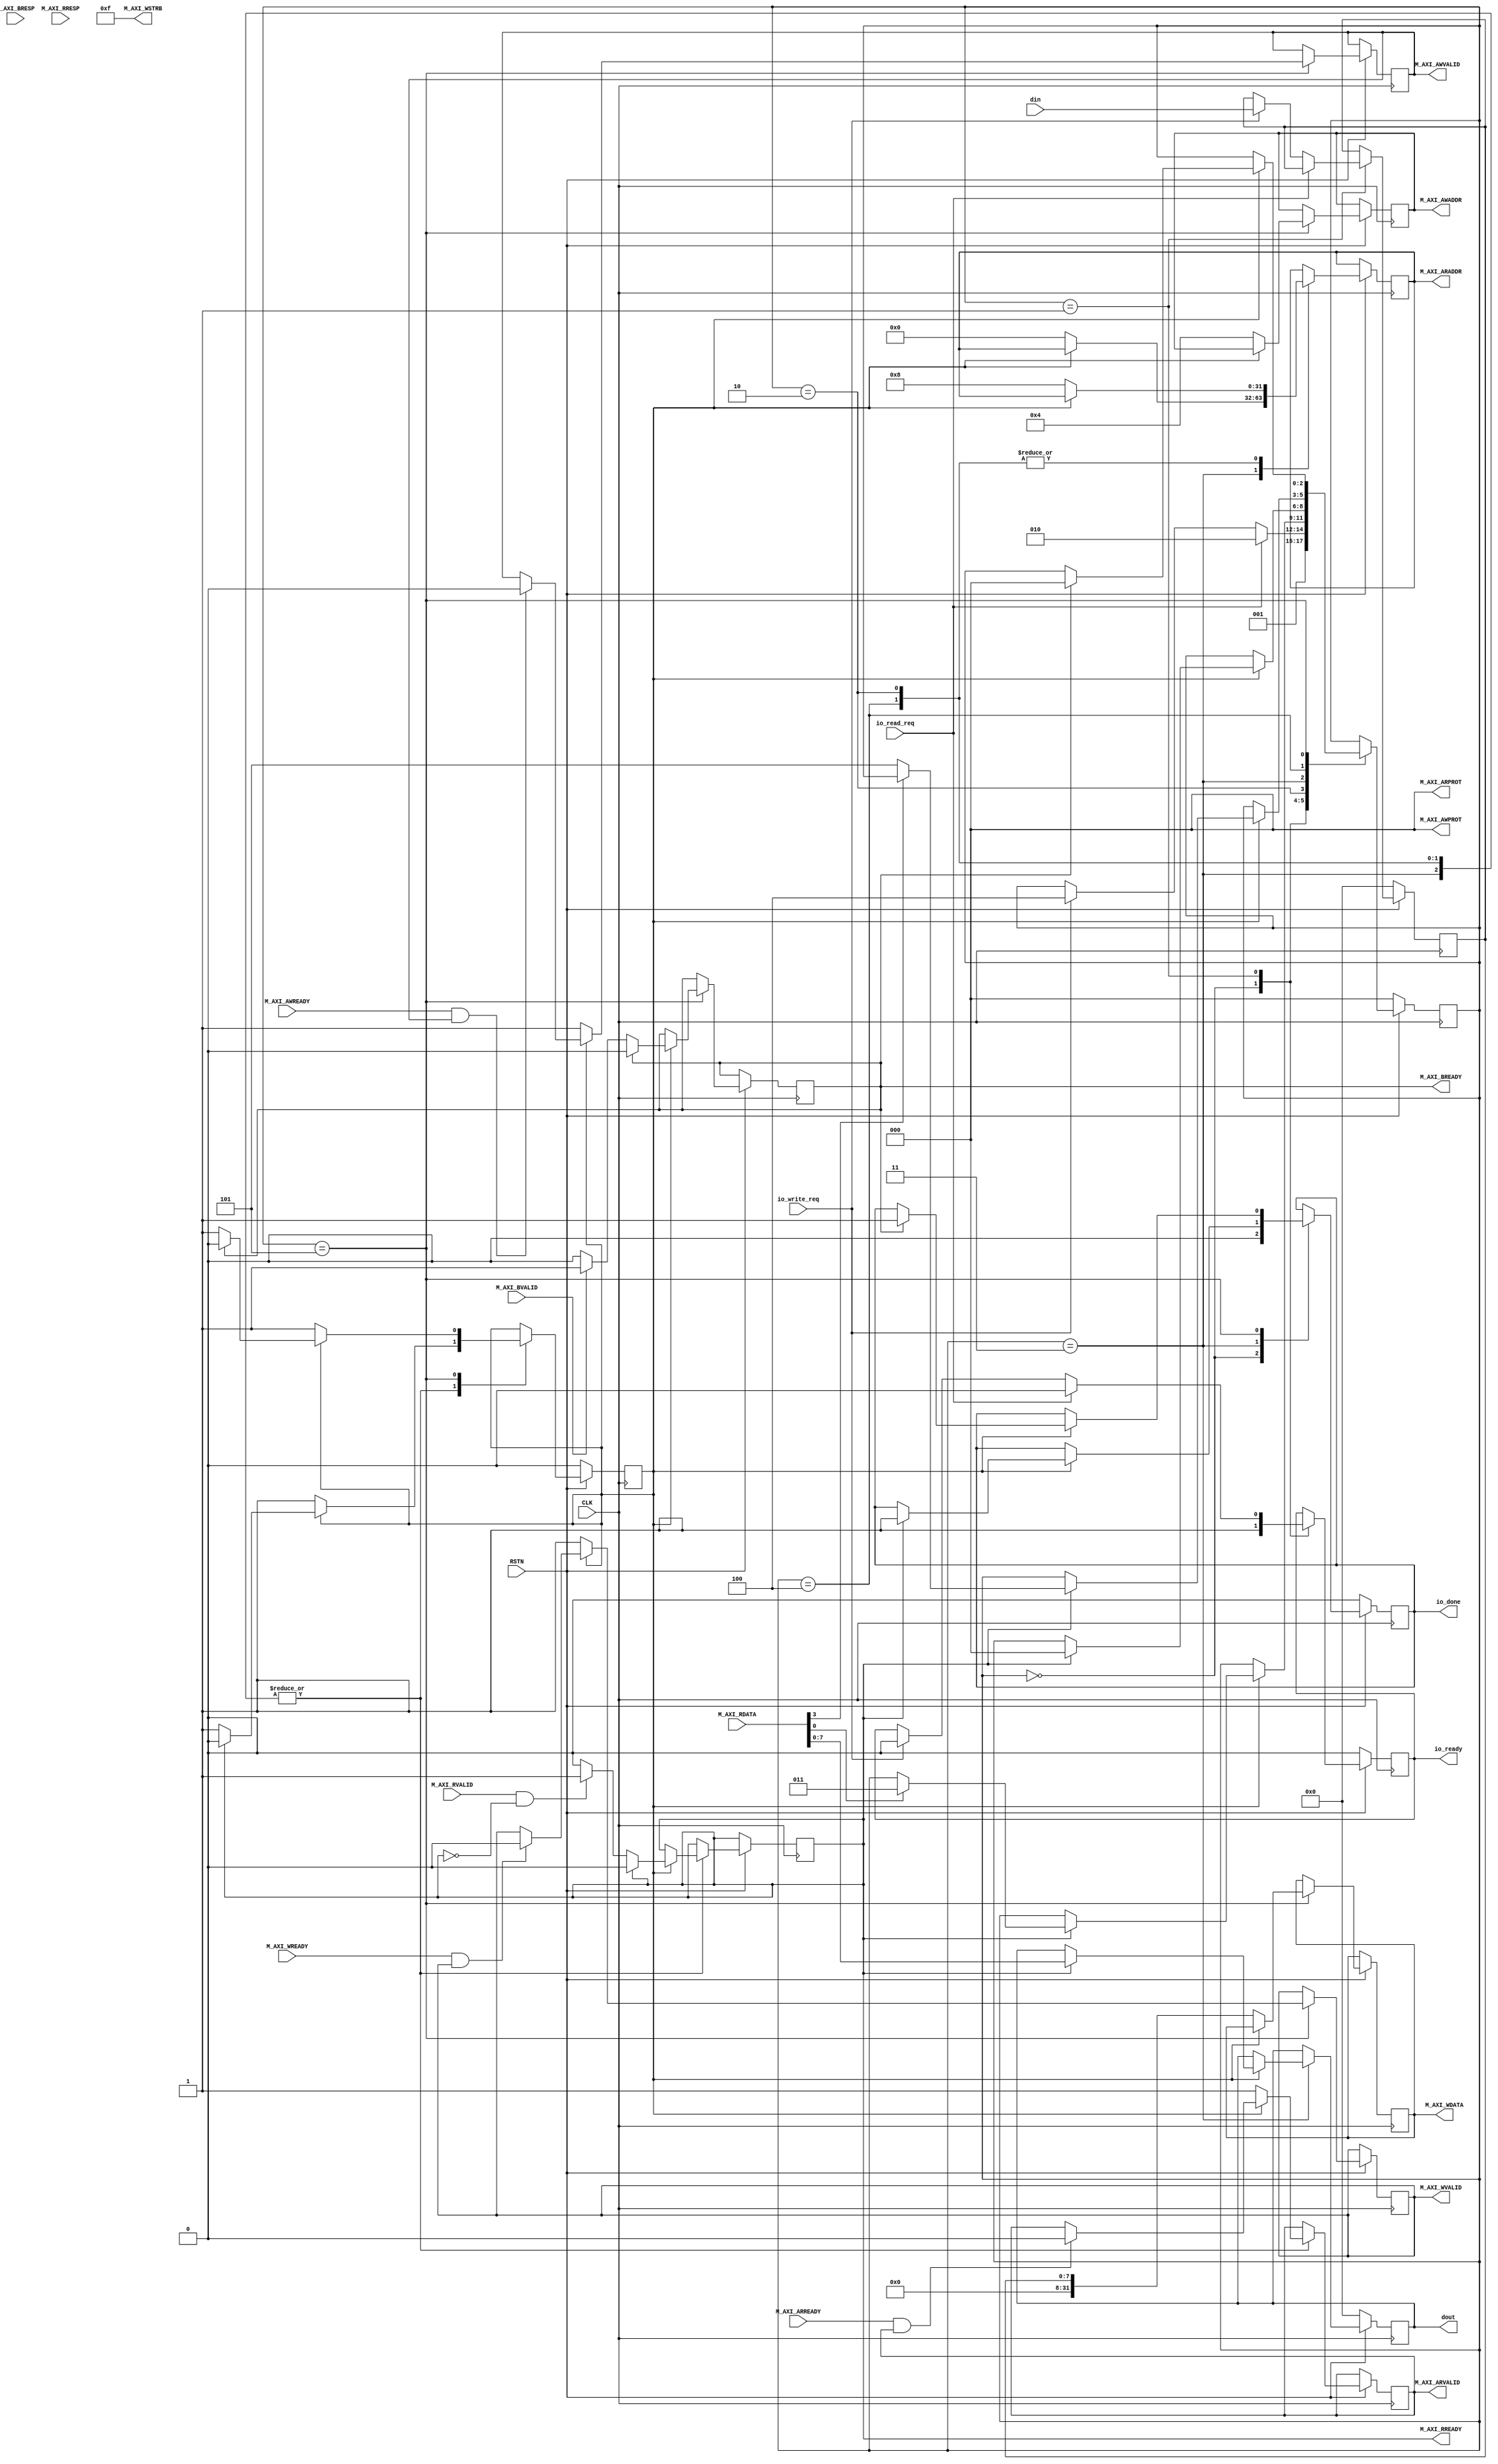
module IObuf(
  input wire io_read_req,
  input wire io_write_req,
  output reg io_ready,
  output reg io_done,
  input wire [7:0] din,
  output reg [7:0] dout,


  // for axi_uart
  output wire [31:0] M_AXI_AWADDR,
  output wire [2:0]  M_AXI_AWPROT,
  output wire        M_AXI_AWVALID,
  input wire         M_AXI_AWREADY,
  output wire [31:0] M_AXI_WDATA,
  output wire [3:0]  M_AXI_WSTRB,
  output wire        M_AXI_WVALID,
  input wire         M_AXI_WREADY,
  input wire [1:0]   M_AXI_BRESP,
  input wire         M_AXI_BVALID,
  output wire        M_AXI_BREADY,
  output wire [31:0] M_AXI_ARADDR,
  output wire [2:0]  M_AXI_ARPROT,
  output wire        M_AXI_ARVALID,
  input wire         M_AXI_ARREADY,
  input wire [31:0]  M_AXI_RDATA,
  input wire [1:0]   M_AXI_RRESP,
  input wire         M_AXI_RVALID,
  output wire        M_AXI_RREADY,

  input wire CLK,
  input wire RSTN
);
  localparam [2:0] s_init =  3'b000;
  localparam [2:0] s_idle =  3'b001;
  localparam [2:0] s_chkRx = 3'b010;
  localparam [2:0] s_read =  3'b011;
  localparam [2:0] s_chkTx = 3'b100;
  localparam [2:0] s_write = 3'b101;
  reg [2:0] state;
  reg request_issued;

  reg [7:0] req_data;


  // for axi_uart
  reg ext_request_issued;
  reg ext_arvalid;
  reg ext_rready;
  reg [31:0] ext_awaddr;
  reg ext_awvalid;
  reg [31:0] ext_wdata;
  reg ext_wvalid;
  reg ext_bready;
  reg [31:0] ext_araddr;
  assign M_AXI_ARVALID = ext_arvalid;
  assign M_AXI_RREADY  = ext_rready;
  assign M_AXI_ARADDR  = ext_araddr;
  assign M_AXI_ARPROT  = 3'b000;

  assign M_AXI_AWADDR  = ext_awaddr;
  assign M_AXI_AWPROT  = 3'b000;
  assign M_AXI_AWVALID = ext_awvalid;
  assign M_AXI_WDATA   = ext_wdata;
  assign M_AXI_WSTRB   = 4'b1111;
  assign M_AXI_WVALID  = ext_wvalid;
  assign M_AXI_BREADY  = ext_bready;

  always @(posedge CLK) begin
    if (~RSTN) begin
      io_done <= 0;
      io_ready <= 0;
      dout <= 0;
      state <= s_init;
      req_data <= 0;
      request_issued <= 0;
    end else begin
      case (state)
        s_init: begin
          io_ready <= 1'b1;
          io_done <= 1'b0;
          state <= s_idle;
        end
        s_idle: begin
          if (io_read_req) begin
            io_ready <= 0;
            state <= s_chkRx;
          end else if (io_write_req) begin
            io_ready <= 0;
            state <= s_chkTx;
            req_data <= din;
          end
        end
        s_chkRx: begin
          if (request_issued) begin
            if (M_AXI_ARREADY & ext_arvalid) ext_arvalid <= 1'b0;
            if (M_AXI_RVALID & (~ext_rready)) ext_rready <= 1'b1;
            if (ext_rready) begin
              ext_rready <= 1'b0;
              request_issued <= 1'b0;
              if (M_AXI_RDATA[0]) begin
                state <= s_read;
              end else begin
                state <= state;
              end
            end
          end else begin
            ext_arvalid <= 1'b1;
            ext_araddr <= 32'h8;
            request_issued <= 1'b1;
          end
        end
        s_read: begin
          if (request_issued) begin
            if (M_AXI_ARREADY & ext_arvalid) ext_arvalid <= 1'b0;
            if (M_AXI_RVALID & (~ext_rready)) ext_rready <= 1'b1;
            if (ext_rready) begin
              ext_rready <= 1'b0;
              request_issued <= 1'b0;
              io_done <= 1'b1;
              dout <= M_AXI_RDATA[7:0];
              state <= s_init;
            end
          end else begin
            ext_arvalid <= 1'b1;
            ext_araddr <= 32'h0;
            request_issued <= 1'b1;
          end
        end
        s_chkTx: begin
          if (request_issued) begin
            if (M_AXI_ARREADY & ext_arvalid) ext_arvalid <= 1'b0;
            if (M_AXI_RVALID & (~ext_rready)) ext_rready <= 1'b1;
            if (ext_rready) begin
              ext_rready <= 1'b0;
              request_issued <= 1'b0;
              if (~M_AXI_RDATA[3]) state <= s_write;
              else state <= state;
            end
          end else begin
            ext_arvalid <= 1'b1;
            ext_araddr <= 32'h8;
            request_issued <= 1'b1;
          end
        end
        s_write: begin
          if (request_issued) begin
            if (M_AXI_WREADY & ext_wvalid) ext_wvalid <= 1'b0;
            if (M_AXI_AWREADY & ext_awvalid) ext_awvalid <= 1'b0;
            if (ext_bready) begin
              ext_bready <= 1'b0;
              request_issued <= 1'b0;
              io_done <= 1'b1;
              state <= s_init;
            end else if (M_AXI_BVALID) ext_bready <= 1'b1;
          end else begin
            ext_wvalid <= 1'b1;
            ext_awvalid <= 1'b1;
            ext_awaddr <= 32'h4;
            request_issued <= 1'b1;
            ext_wdata <= req_data;
          end
        end
        default: begin end
      endcase
    end
  end
endmodule